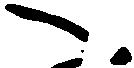
へ